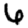
Digit: 6